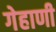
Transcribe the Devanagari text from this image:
गेहाणी